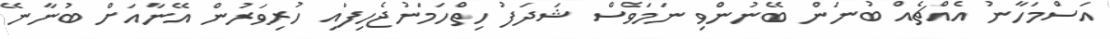
އަސްމަހާނު އެއްޗެއް ބުނަން ބޭނުންވި ނަމަވެސް ޝަދަފު ހިތްހަމަނުޖެހިފައި ހުރިވަރުން އޭނާއަށް ބުނާނޭ